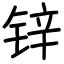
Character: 锌